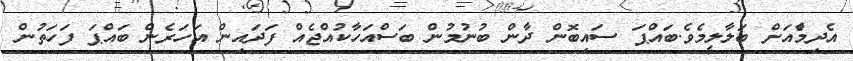
އެދިމާެއަށް ބަލާލީމެވެ.ބައްޕަ ސައިބޮން ދާން ބުނުމުން ބަސްއަހާކުއްޖެއް ފަދައިން އަހަރެން ބައްޕަ ފަހަތުން